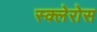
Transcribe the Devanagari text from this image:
स्क्लेरोस